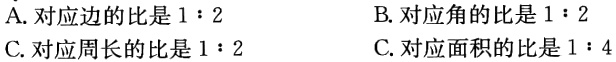
A. 对应边的比是 \(1:2\)

B. 对应角的比是 \(1:2\)

C. 对应周长的比是 \(1:2\)

C. 对应面积的比是 \(1:4\)